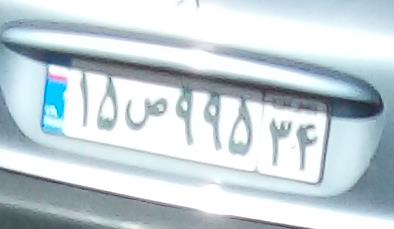
۱۵ص۹۹۵۳۴